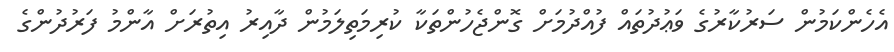
އެހެންކަމުން ސަރުކާރުގެ ވަޢުދުތައް ފުއްދުމަށް ގޮންޖެހުންތަކާ ކުރިމަތިލަމުން ދާއިރު އިތުރަށް އާންމު ފަރުދުންގެ